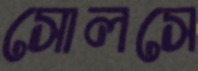
সোলসে